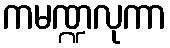
ကမဏ္ဍလုကာ